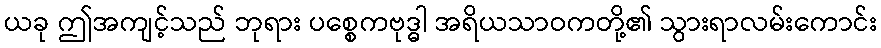
ယခု ဤအကျင့်သည် ဘုရား ပစ္စေကဗုဒ္ဓါ အရိယသာဝကတို့၏ သွားရာလမ်းကောင်း